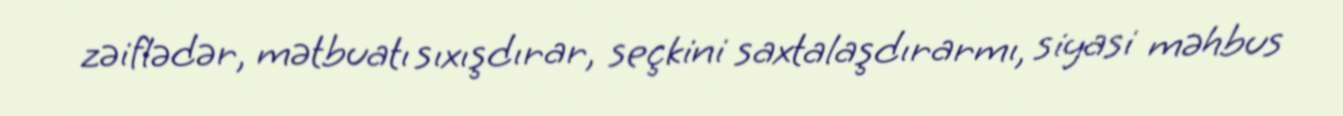
zəiflədər, mətbuatı sıxışdırar, seçkini saxtalaşdırarmı, siyasi məhbus